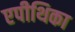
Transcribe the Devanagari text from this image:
एपीथिका